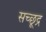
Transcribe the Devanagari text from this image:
सच्छूद्र